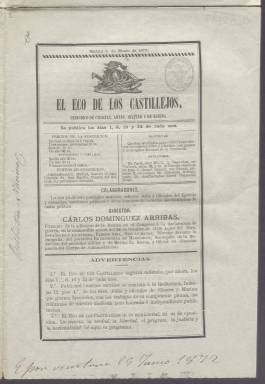
Título: El Eco de los Castillejos
Colección: Historia
Ámbito geográfico: Madrid
Lugar de publicación: Madrid
Fechas: 01/01/1872-24/01/1872